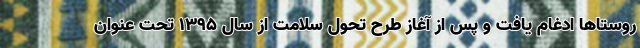
روستاها ادغام یافت و پس از آغاز طرح تحول سلامت از سال ۱۳۹۵ تحت عنوان